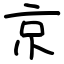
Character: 京